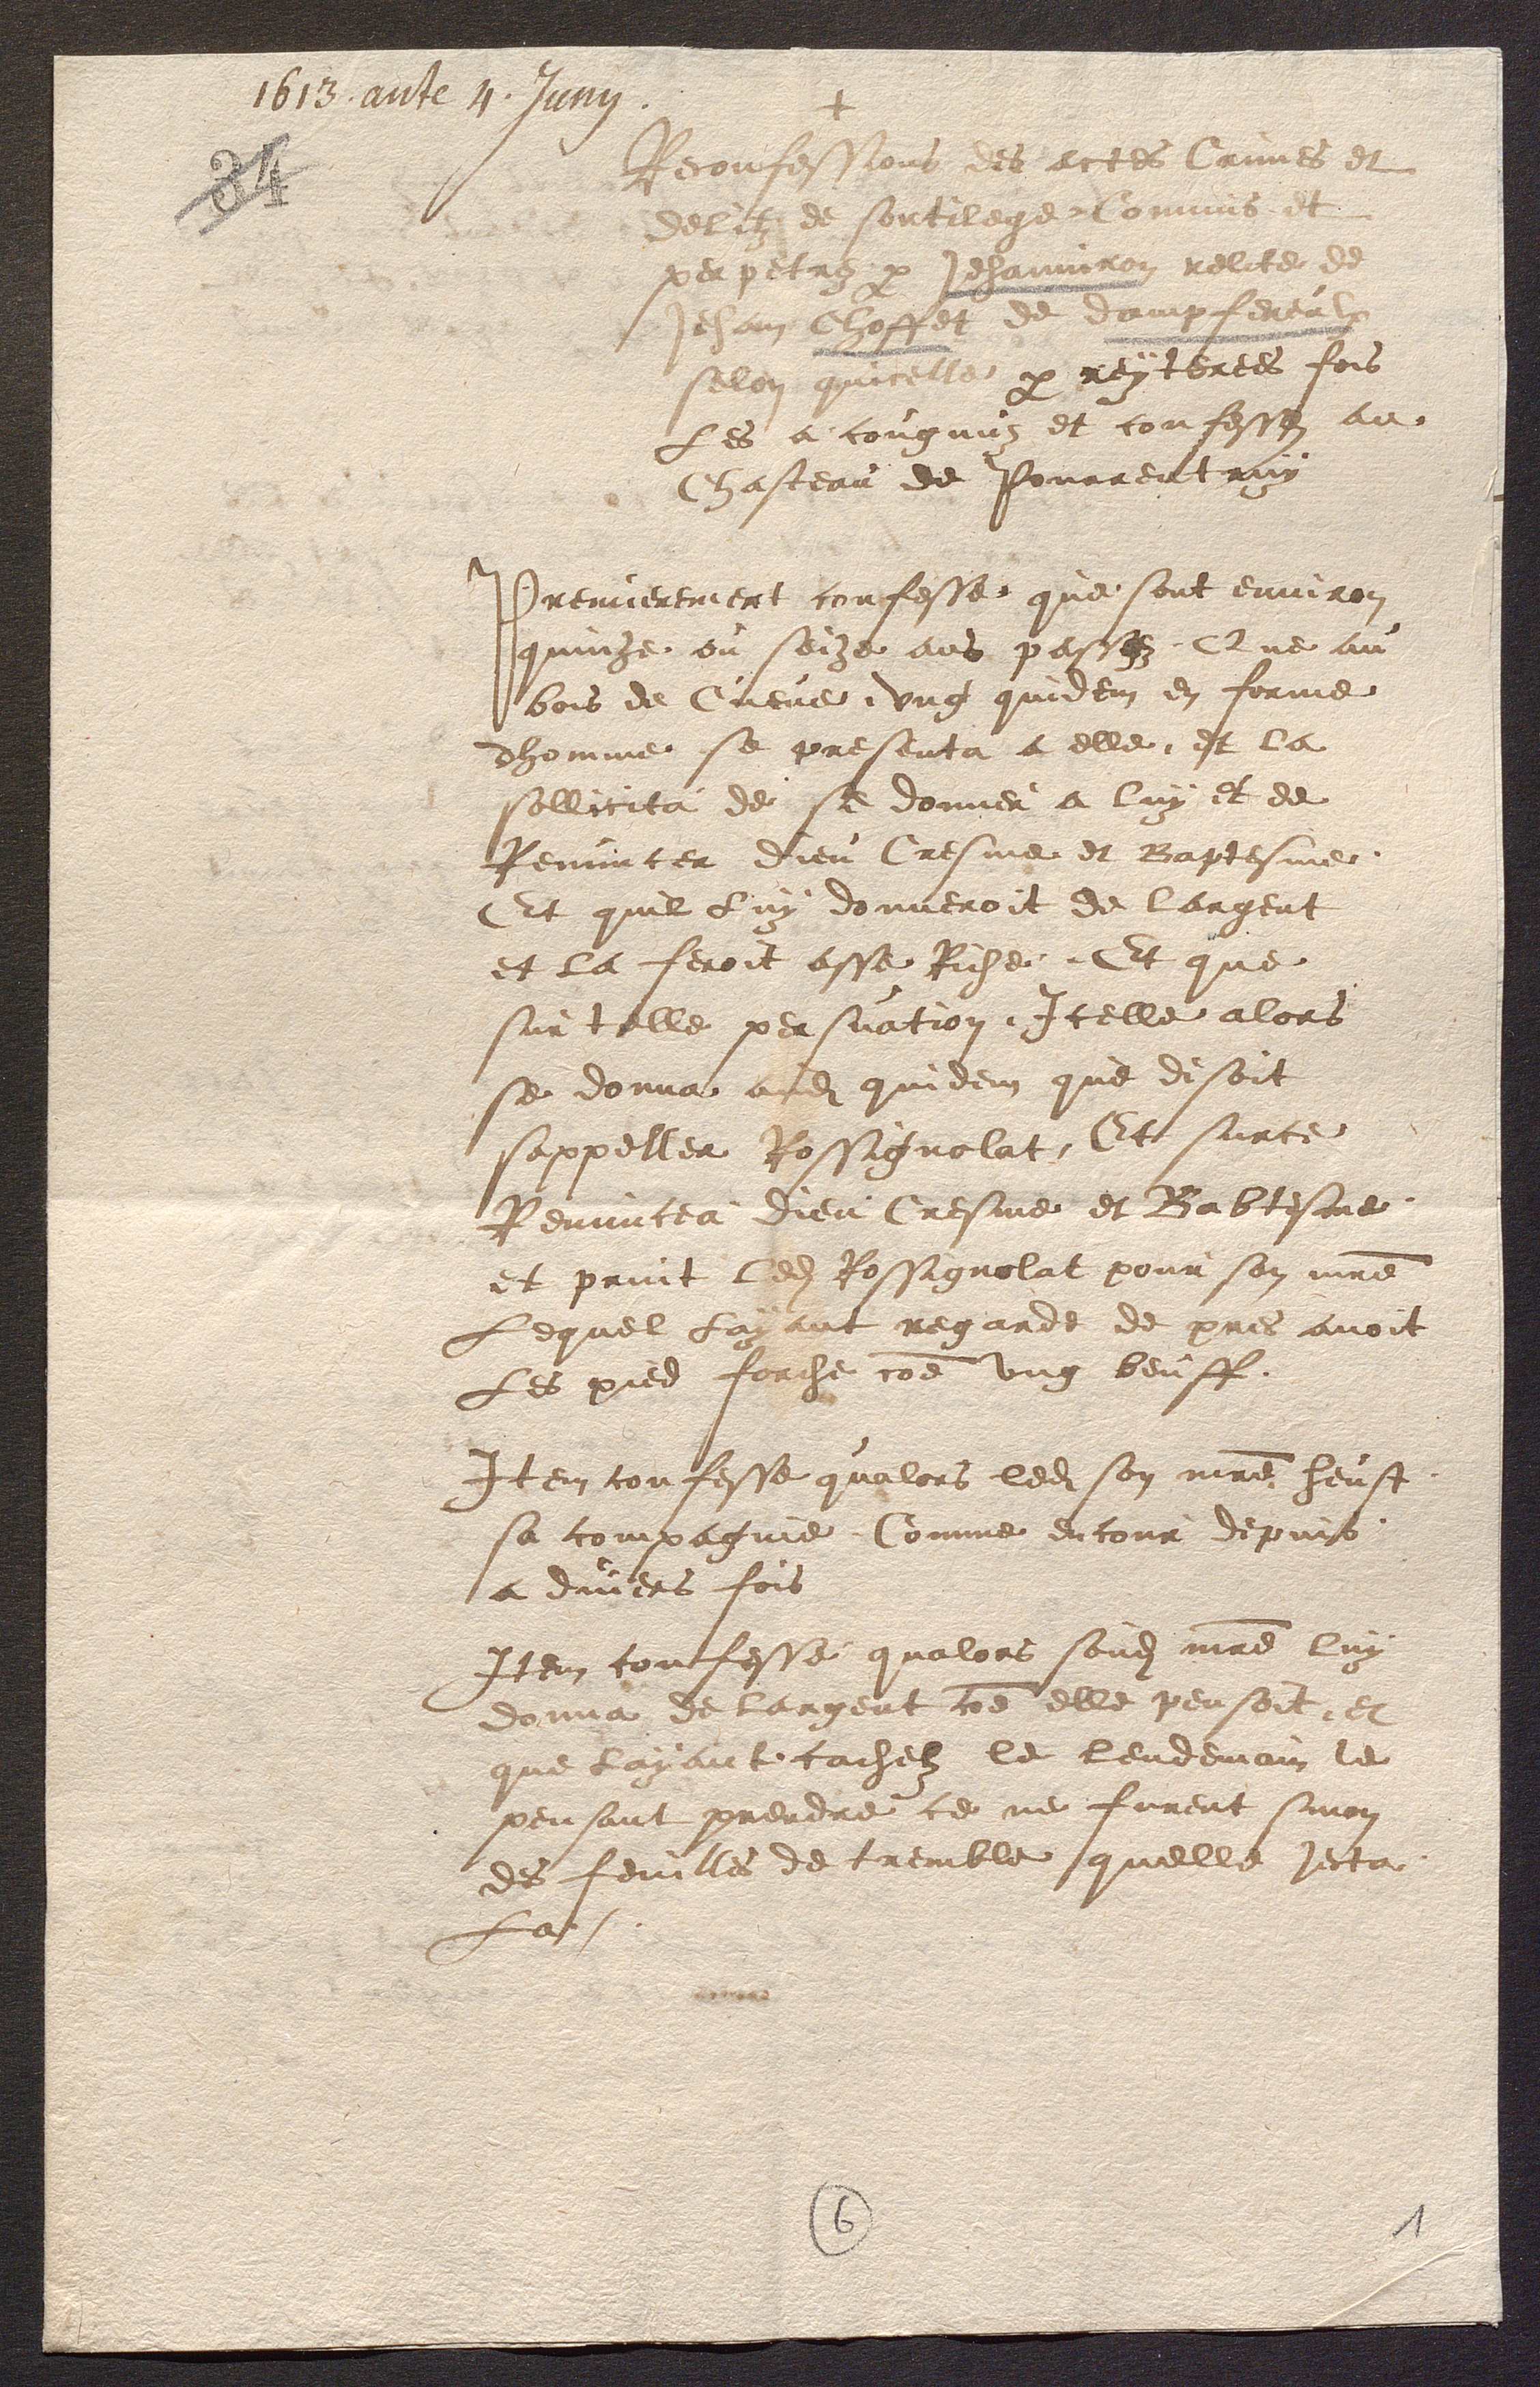
+
Reconfessions des actes Crimes et
delitz de sortilege Comms et
papetre par Jehanniron relite de
Jehan Choffet de dampferealx
selon quicelle par reytertes fois
Les a congnuz et confesse au
Chasteau de Pourrent ruy
Premierement confesse que sont environ
quinze ou soize ans pacsfz, Que au
bois de Cueve, ung quidem enforme
dhomme se preseuta a elle, et la
sollicita de se donner a luy et de
Renuncer Dieu Cresme et Baptesme
Et quil Luy donneroit de largent
et la feroit asse Riche. Et que
sur telle persuation, Icelle alors
se donna audit quidem que disoit
sappeller Rossignolat Et surce
Renuncea dieu Cresme et Babtesme
et print ledit Rossignolat pour son maitre
Lequel Layant regarde de pres avoit
Les pied forche comme ung beuff.
Item confesse qualors ledit son maitre heust
sa compagnie Comme encour depuis
a diners fois
Item confesse qualors sondit maitre luy
donna de largent comme elle pensoit, et
que layant cachelz le lendemain le
pensant prendre ce ne furent sinon
des feuilles de tremble quelle jecta
La